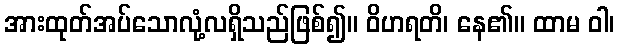
အားထုတ်အပ်သောလုံ့လရှိသည်ဖြစ်၍။ ဝိဟရတိ၊ နေ၏။ ထာမ ဝါ၊